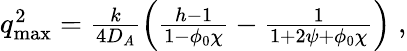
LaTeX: \begin{array}{r}{q_{\mathrm{max}}^{2}=\frac{k}{4D_{A}}\left(\frac{h-1}{1-\phi_{0}\chi}-\frac{1}{1+2\psi+\phi_{0}\chi}\right)\; ,}\end{array}